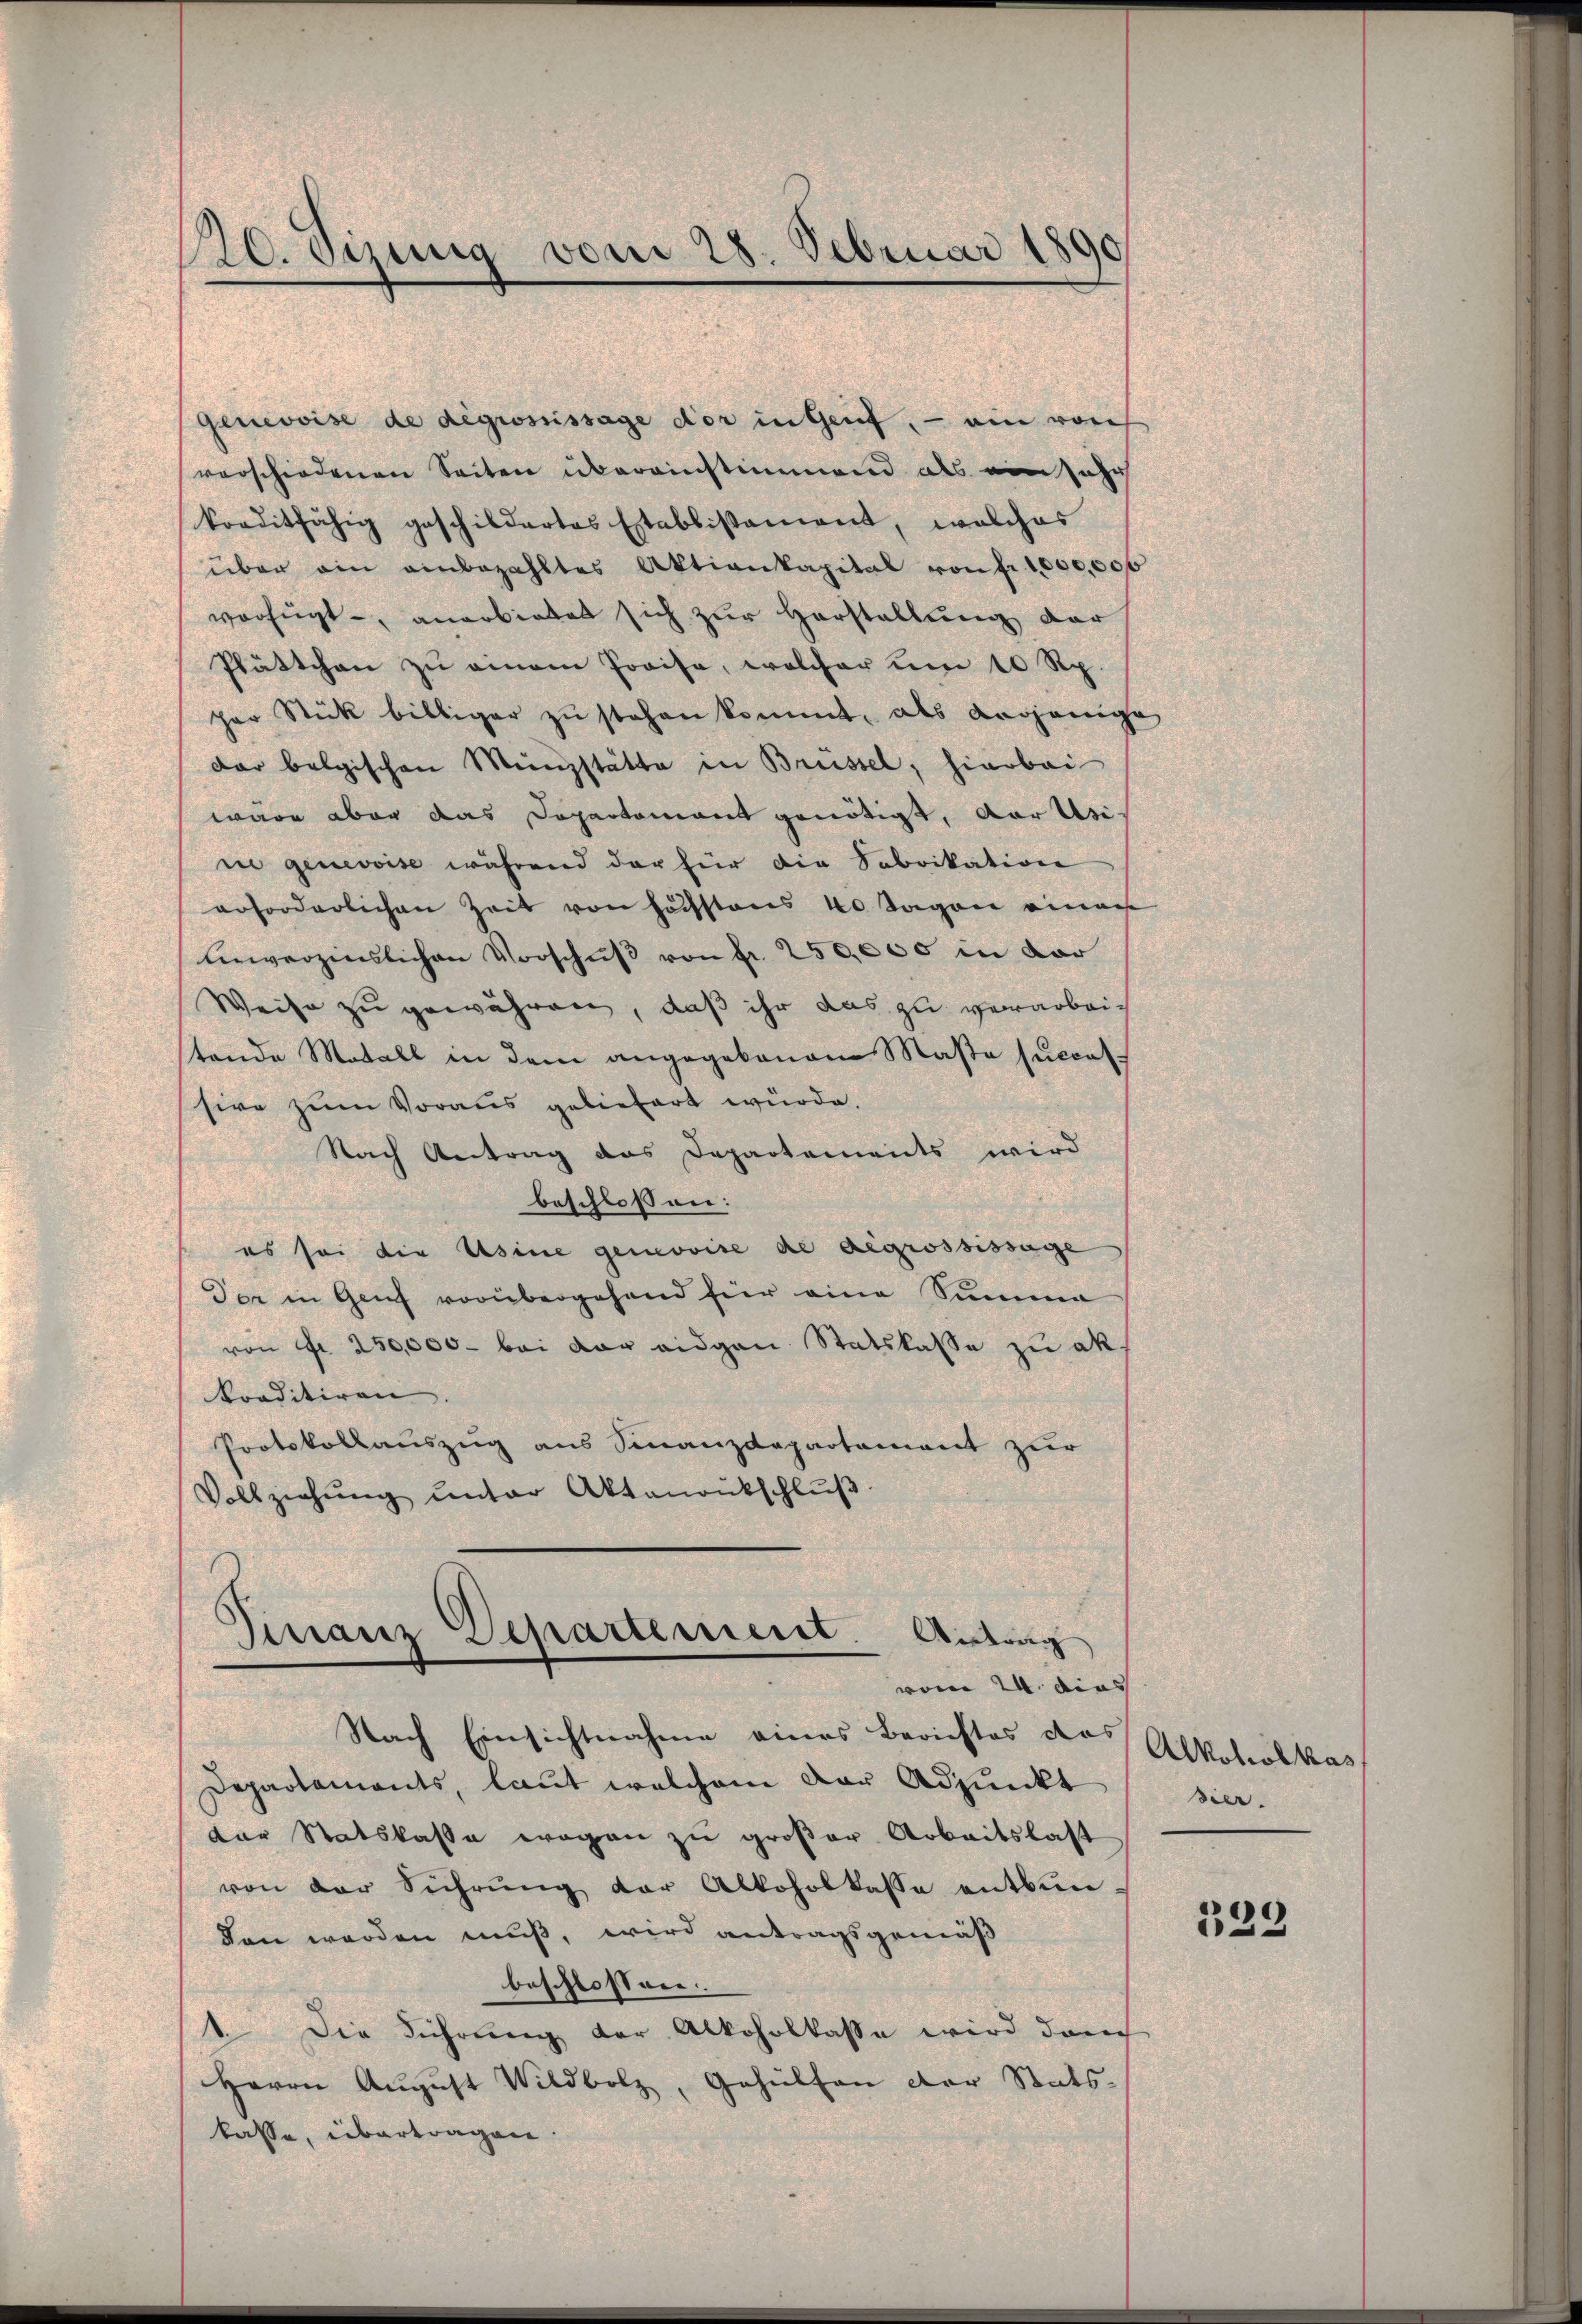
10. Vizung vom 28. Februar 18

Genevoise de degrossissage der in Genf, — am von
verschiedenen Seiten übereinstimmend als ein Jahrh
korditfähig geschildertes Establissement, welches
über ein anbezahltes Aktienkapital von fr. 1,000,000
verfügt, anerbietet sich zur Herstellung der
Plättchen zu einem Preise, welcher um 10 Rp.
per Stück billiger zŭ stehen kommt, als derjenige
dar belgischen Münzstätte in Brüssel, hierbei
wäre aber das Departement genötigt, der Asiie genevoise während der für die Sabrikation
erforderlichen Zeit von höchstens 40 Tagen einer
unerzenslichen Vorschŭβ von fr. 250,000 in der
Weise zu gewähren, daß ihr das zu verarbeitende Morall in dem angegebenen Massa succes
sive zum Voraus geliefert würde.
Nach Antrag das Departements wird
beschlossen:
es sei die sine gemovire de degrossissage
Der in Genf vorübergehend für eine Summe
von Fr. 250,000. bei vor eidgen Statslasse zu ak
konditiren. |
Protokollauszug aus Finanzdepartement zur
Vollziehŭng ŭnter Aktenantschlŭβ
Finanz Departement. Antrag
vom 24. dies
Nach Einsichtnahme eines Berichtes das
Departaments, laut welchem der Adjunkt
der Statskasse wegen zu großer Arbeitslast
von der Führŭng der Alkoholkasse entbun-
den werden muß, wird antragsgemäß
beschlossen:
1 Die Führung der Alkoholkasse wird danch
Herrn Aŭgŭst Wildbolz, Gehülfen der Stats-
kasse, übertragen.

Alkoholkas
Sier.

329